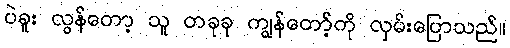
ပဲခူး လွန်တော့ သူ တခုခု ကျွန်တော့်ကို လှမ်းပြောသည်။